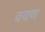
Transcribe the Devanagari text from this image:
वयण